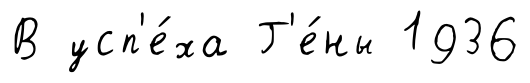
В усп'е́ха Г'е́ны 1936